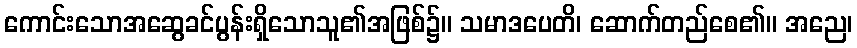
ကောင်းသောအဆွေခင်ပွန်းရှိသောသူ၏အဖြစ်၌။ သမာဒပေတိ၊ ဆောက်တည်စေ၏။ အညေ၊